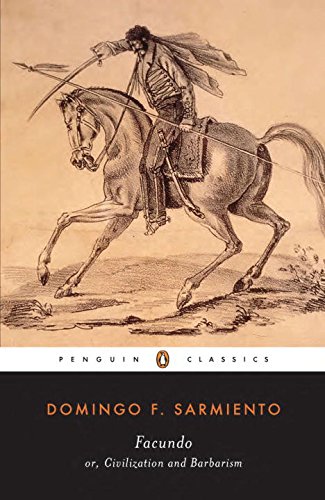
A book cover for Facundo: Or, Civilization and Barbarism (Penguin Classics); Domingo F. Sarmiento; Biographies & Memoirs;